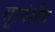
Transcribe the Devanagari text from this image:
सूरवंशीय